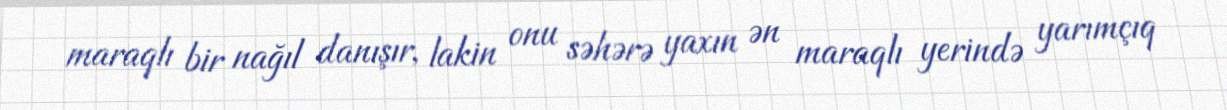
maraqlı bir nağıl danışır, lakin onu səhərə yaxın ən maraqlı yerində yarımçıq